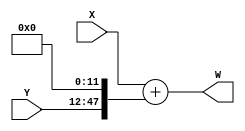
`timescale 1ns / 1ps
//////////////////////////////////////////////////////////////////////////////////
// Company: 
// Engineer: 
// 
// Design Name: 
// Module Name: adder36in48out
// Project Name: 
// Target Devices: 
// Tool Versions: 
// Description: 
// 
// Dependencies: 
// 
// Revision:
// Revision 0.01 - File Created
// Additional Comments:
// 
//////////////////////////////////////////////////////////////////////////////////

// MODULE FOR ADDER INPUT BIT LENGTH IS 36 & OUTPUT BIT LENGTHIS 48
module ADDER36IN48OUT(input [35:0]X, input [35:0]Y, output [47:0]W);
wire [47:0]XM = { 12'b0,X };
wire [47:0]YM = { Y,12'b0};
assign W = XM + YM;
endmodule